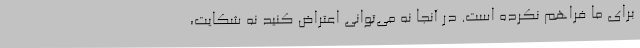
برای ما فراهم نکرده است. در آنجا نه می‌توانی اعتراض کنید نه شکایت،